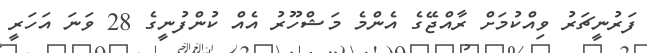
ފަރުނީޗަރު ވިއްކުމަށް ރާއްޖޭގެ އެންމެ މަޝްހޫރު އެއް ކުންފުނީގެ 28 ވަނަ އަހަރީ